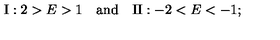
\mathrm { I } : 2 > E > 1 \quad \mathrm { a n d } \quad \mathrm { I I } : - 2 < E < - 1 ;